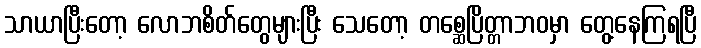
သာယာပြီးတော့ လောဘစိတ်တွေများပြီး သေတော့ တစ္ဆေပြိတ္တာဘဝမှာ တွေ့နေကြရပြီ